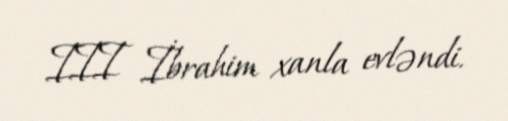
III İbrahim xanla evləndi.